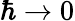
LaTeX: \hbar\to 0